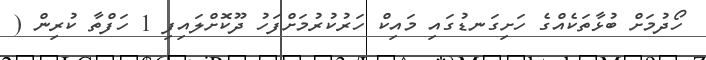
ހޯދުމަށް ބުޅާތަކެއްގެ ހަށިގަނޑުގައި މައިކް ހަރުކުރުމަށްފަހު ދޫކޮށްލައިފި 1 ހަފްތާ ކުރިން (